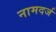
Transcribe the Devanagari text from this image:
नामदर्ज